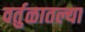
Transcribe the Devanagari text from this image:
वर्तुळातल्या